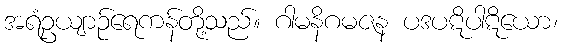
အရံဥယျာဉ်ရေကန်တို့သည်။ ဂါမနိဂမဇန ပဒပဋိပါဋိယော၊